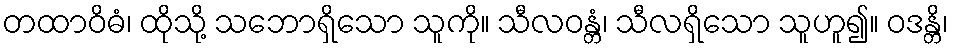
တထာဝိဓံ၊ ထိုသို့ သဘောရှိသော သူကို။ သီလဝန္တံ၊ သီလရှိသော သူဟူ၍။ ဝဒန္တိ၊